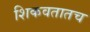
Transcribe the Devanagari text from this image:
शिकवतातच